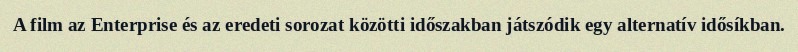
A film az Enterprise és az eredeti sorozat közötti időszakban játszódik egy alternatív idősíkban.